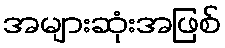
အများဆုံးအဖြစ်